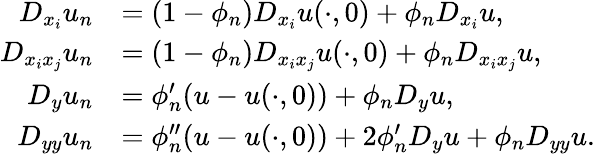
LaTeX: \begin{array}{rl}{D_{x_{i}}u_{n}}&{=(1-\phi_{n})D_{x_{i}}u(\cdot,0)+\phi_{n}D_{x_{i}}u,}\\ {D_{x_{i}x_{j}}u_{n}}&{=(1-\phi_{n})D_{x_{i}x_{j}}u(\cdot,0)+\phi_{n}D_{x_{i}x_{j}}u,}\\ {D_{y}u_{n}}&{=\phi_{n}^{\prime}(u-u(\cdot,0))+\phi_{n}D_{y}u,}\\ {D_{yy}u_{n}}&{=\phi_{n}^{\prime\prime}(u-u(\cdot,0))+2\phi_{n}^{\prime}D_{y}u+\phi_{n}D_{yy}u.}\end{array}